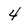
Character: 4